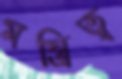
মন্ত্রিত্ব